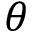
\theta